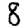
Digit: 8